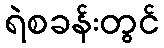
ရဲစခန်းတွင်